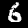
Label: 6